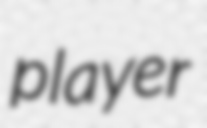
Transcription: player